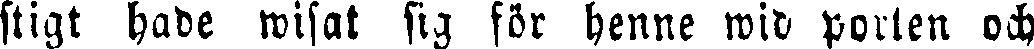
stigt hade wisat sig för henne wid porten och